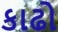
કાઢો